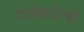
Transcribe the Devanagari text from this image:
टाईकवोन्डो